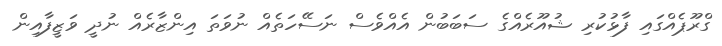
ގްރޫޕެއްގައި ފާޅުކުރި ޝުއޫރެއްގެ ސަބަބުން އެއްވެސް ނަސޭހަތެއް ނުވަތަ އިންޒާރެއް ނުދީ ވަޒީފާއިން